system: You are a helpful assistant.
user:
Analyze the provided spectrum to determine if it is a **M-type Giant (gM)**.

A M-type Giant spectrum is defined by its **strong molecular absorption** features, particularly from **Titanium Oxide (TiO)**. You must check for one of the following mutually exclusive signatures:

- **Key Visual Indicators (Absorption-Dominated Spectrum):**

    - **(Primary):** The spectrum is dominated by strong molecular absorption from **Titanium Oxide (TiO)**. This is the **defining feature** of its M-type temperature class.
        - **(Key Bandheads):** Look for sharp, "saw-tooth" absorption valleys. The strongest are located near **~7050 Å**, **~6160 Å**, and **~5170 Å**.
        - **(Line Profile):** The "saw-tooth" morphology is critical: a **sharp, steep drop on the BLUE (short-wavelength) side** of the bandhead, followed by a gradual recovery (rising flux) towards the RED (long-wavelength) side.

    - **(Key Confirmation - Giant vs. Dwarf):** **ABSENCE** of strong **Calcium Hydride (CaH)** molecular bands. This is the primary diagnostic for *excluding* M-dwarfs.
        - **(Key Region):** The spectrum should lack the strong, broad absorption band seen in dwarfs between **~6800 Å and ~7000 Å**.

    - **(Secondary Confirmation - Giant):** A very strong and broad **Neutral Calcium (Ca I)** atomic absorption line.
        - **(Key Line):** Located at **~4226 Å**. In a giant (gM), this line is significantly deeper and broader than the same line in an M-dwarf (dM) due to low surface gravity.

    - **(Overall Spectrum):**
        - The continuum is **extremely red-sloping** (i.e., flux is very low in the blue and rises dramatically towards the red).
        - The entire spectrum appears "chopped up" by the deep TiO bands.

Think first, call **spectral_visualization_tool** if needed to examine features in detail, then provide your final answer. Your response must adhere to the following strict rules:
1.  **Overall Structure:** Your response must follow the format `<think>...</think> <tool_call>...</tool_call> (if a tool is used) <answer>...</answer>`.
2.  **Tool Usage Constraint:** You may only make **one** tool call per turn.
3.  **Final Answer Format:** In the `<answer>` tag, your conclusion must be inside a `\boxed{}` command (e.g., `\boxed{YES}` or `\boxed{NO}`), followed by your justification.

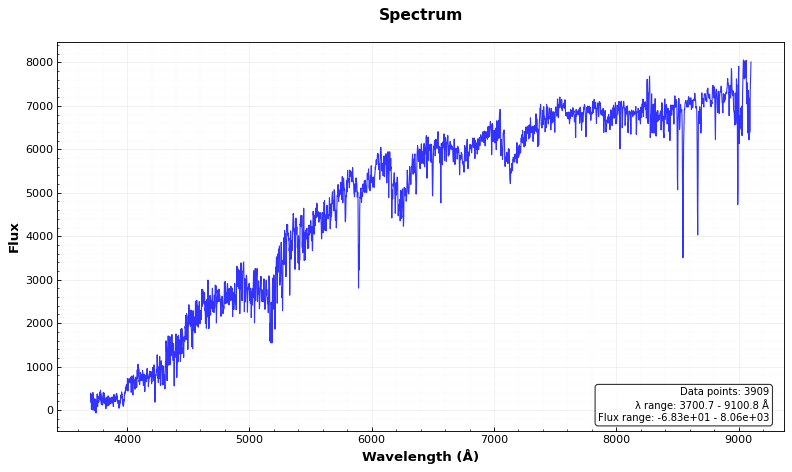
Answer: YES